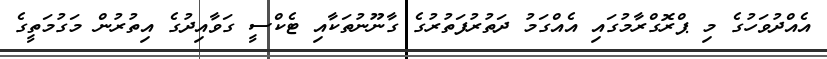
އެއްދުވަހުގެ މި ޕްރޮގްރާމުގައި އެއްގަމު ދަތުރުފަތުރުގެ ގާނޫނުތަކާއި ޓެކްސީ ގަވާއިދުގެ އިތުރުން މަގުމަތީގެ